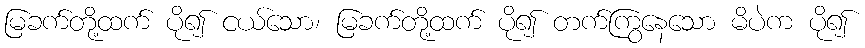
မြခက်တို့ထက် ပို၍ ငယ်သော၊ မြခက်တို့ထက် ပို၍ တက်ကြွနေသော မိပဲက ပို၍